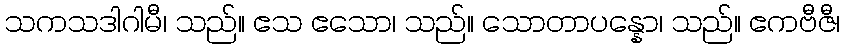
သကသဒါဂါမီ၊ သည်။ ဧသ ဧသော၊ သည်။ သောတာပန္နော၊ သည်။ ဧကဗီဇီ၊